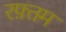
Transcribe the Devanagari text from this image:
रफ़्तम